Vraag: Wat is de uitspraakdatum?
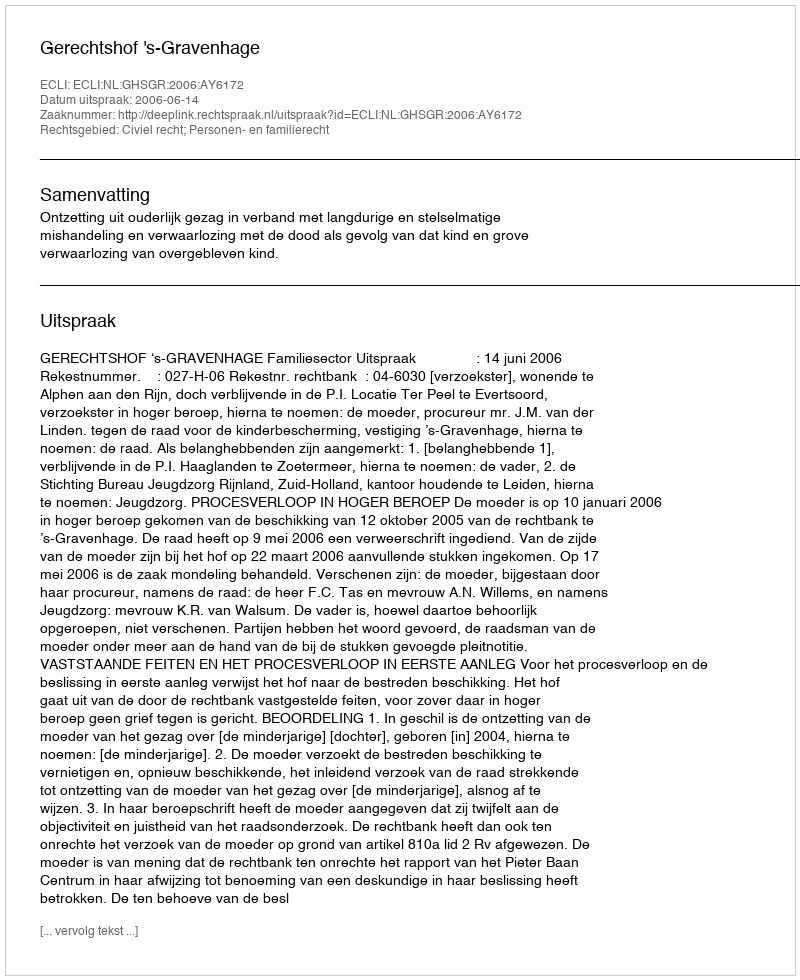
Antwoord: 2006-06-14